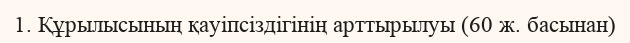
1. Құрылысының қауіпсіздігінің арттырылуы (60 ж. басынан)